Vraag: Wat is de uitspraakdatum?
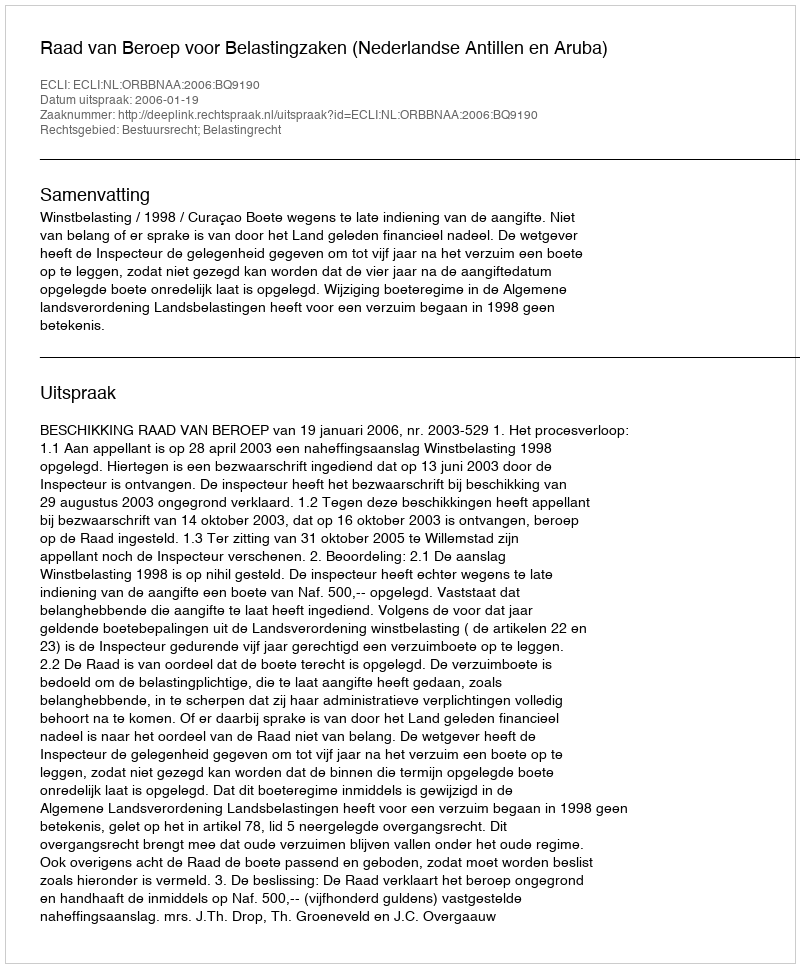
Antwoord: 2006-01-19